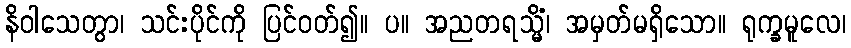
နိဝါသေတွာ၊ သင်းပိုင်ကို ပြင်ဝတ်၍။ ပ။ အညတရသ္မိံ၊ အမှတ်မရှိသော။ ရုက္ခမူလေ၊